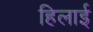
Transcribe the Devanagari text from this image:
हिलाई